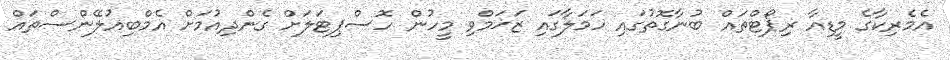
އެމެރިކާގެ މީޑިއާ ރިޕޯޓްތައް ބުނާގޮތުގައި ހަމަލާގައި ޒަޚަމްވި މީހުން ހޮސްޕިޓަލަށް ގެންދިއުމަށް އެމްބިއުލޭންސްތައް